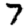
Digit: 7